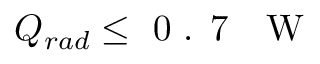
Q _ { r a d } \leq \textrm { 0 . 7 ~ W }